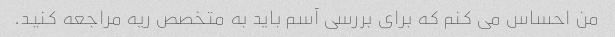
من احساس می کنم که برای بررسی آسم باید به متخصص ریه مراجعه کنید.